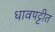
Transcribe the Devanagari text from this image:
धावपट्टीत